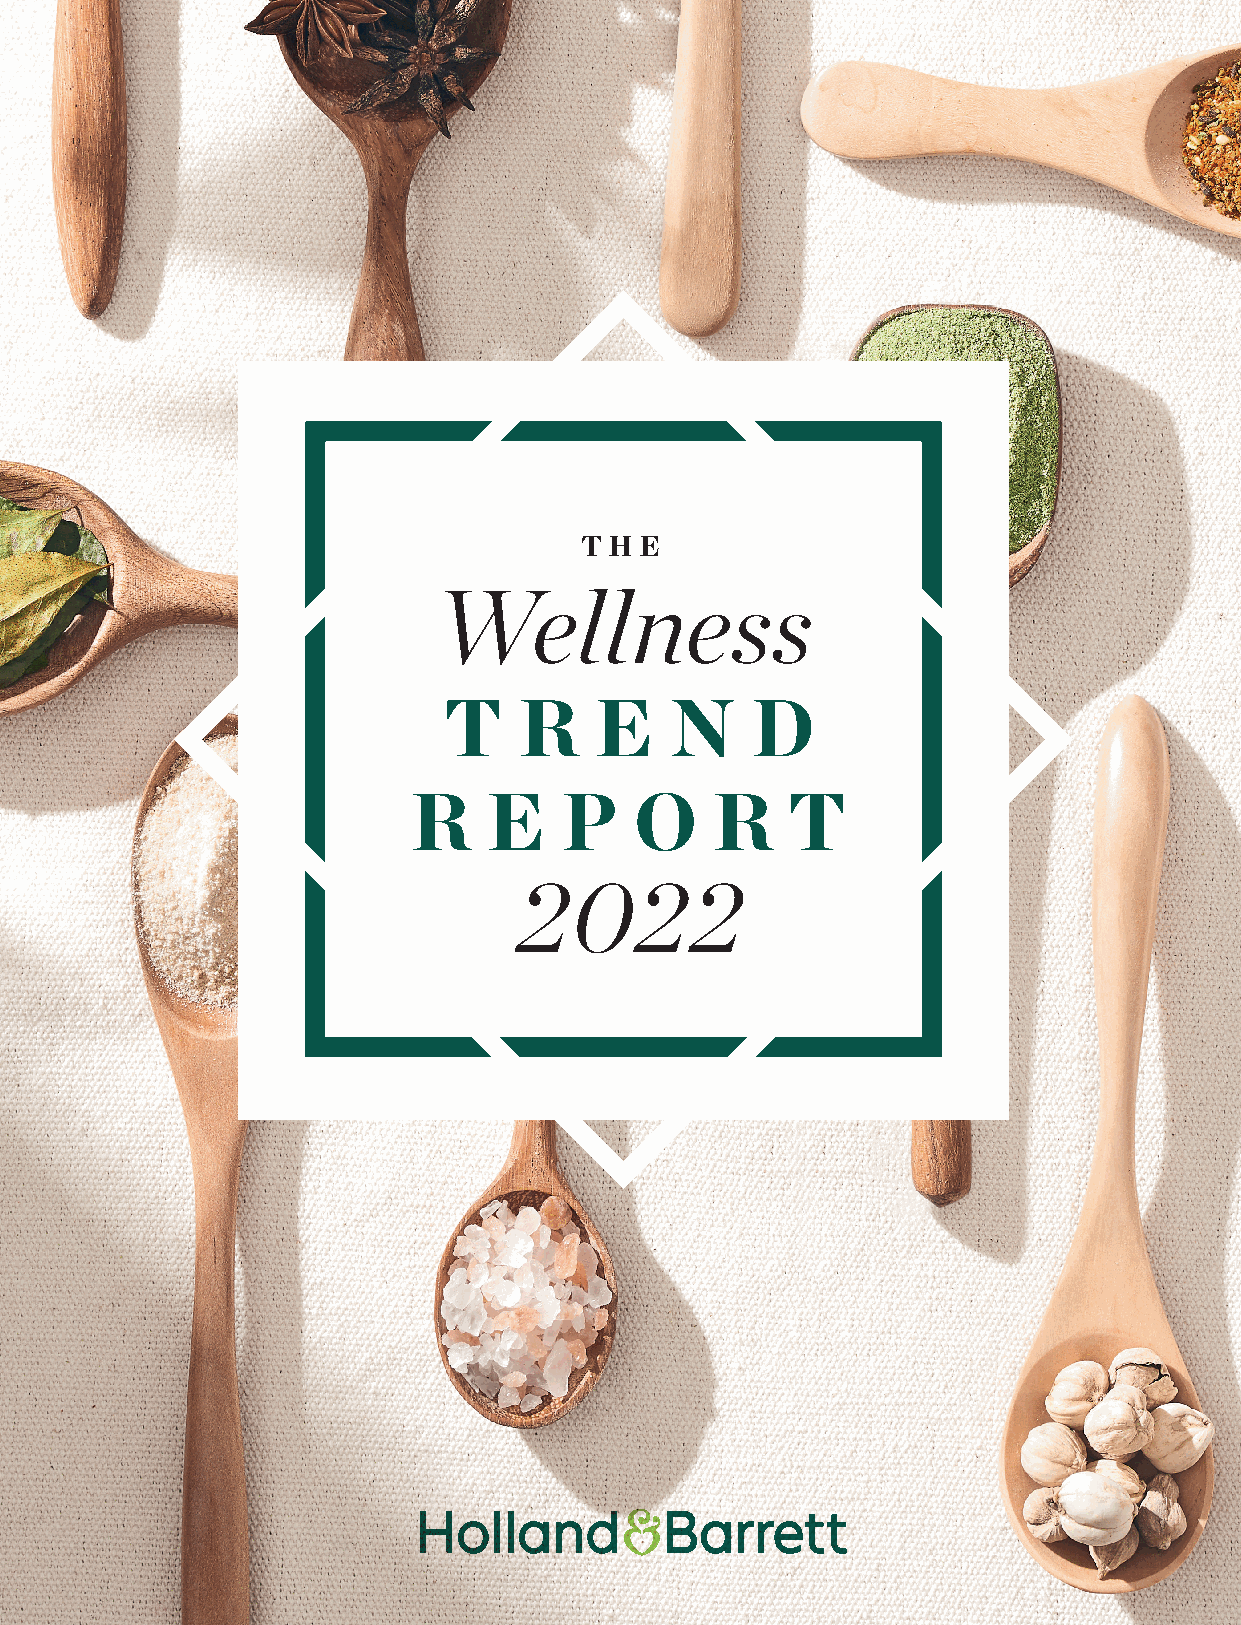
THE
 Wellness
 T    R    E    N     D
 R    E    P    O    R    T
 2022
 1